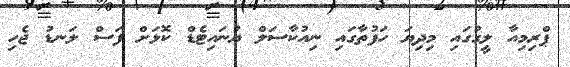
ޕްރިމިއާ ލީގުގައި މިދިޔަ ހަފުތާގައި ނިއުކާސަލް ޔުނައިޓެޑް ކޮޅަށް ފަސް ލަނޑު ޖެހި